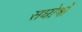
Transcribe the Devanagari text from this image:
सघोषों